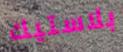
بلاستيك